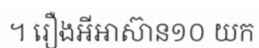
។ រឿងអីអាស៊ាន១០ យក